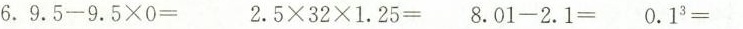
6.$$9.5-9.5\times0= $$ $$2.5\times32\times1.25=$$ $$ 8.01-2.1= $$ $$0.1^3=